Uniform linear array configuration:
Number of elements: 16
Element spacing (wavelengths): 0.25
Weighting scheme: blackman
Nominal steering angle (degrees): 0
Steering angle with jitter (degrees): -0.2774
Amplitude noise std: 0.05
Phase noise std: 0.05

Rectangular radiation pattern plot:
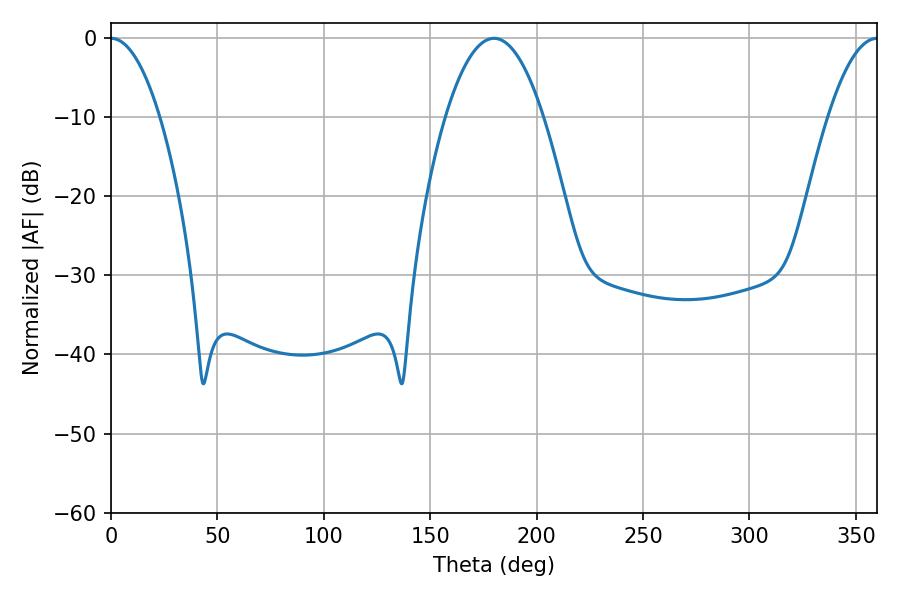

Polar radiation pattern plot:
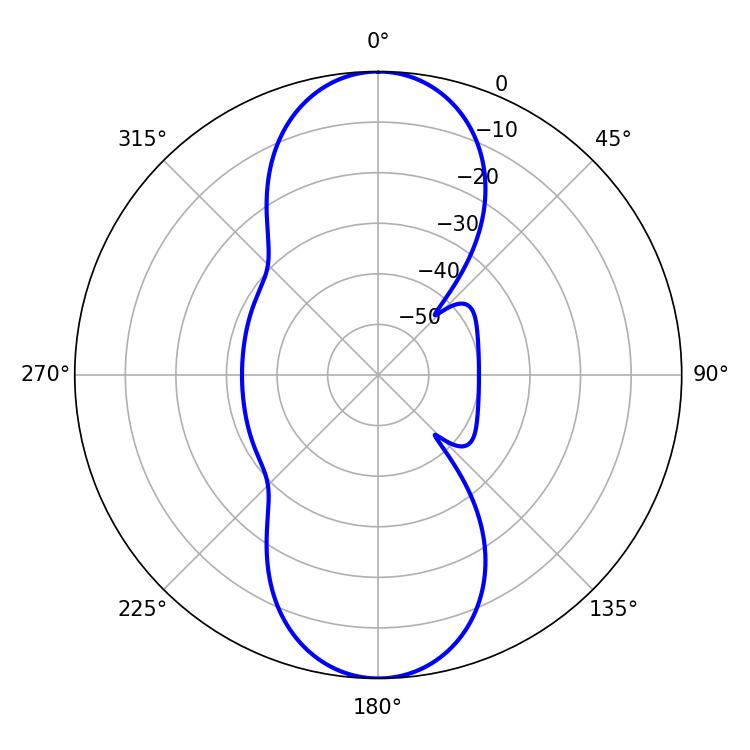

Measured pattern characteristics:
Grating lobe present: FALSE
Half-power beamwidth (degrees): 12.6
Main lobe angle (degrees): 360